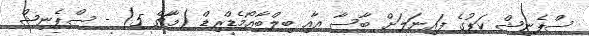
ސްޕެނިޝް ކަޕުގެ ފައިނަލަށް ބާސާ އާއި ބިލްބާއޯމެޑްރިޑް (މާޗް 5) - ސްޕެނިޝް